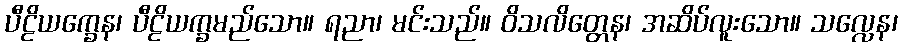
ပီဠိယက္ခေန၊ ပီဠိယက္ခမည်သော။ ရညာ၊ မင်းသည်။ ဝိသလိတ္တေန၊ အဆိပ်လူးသော။ သလ္လေန၊